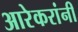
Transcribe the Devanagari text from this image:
आरेकरांनी